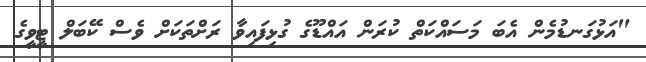
"އަޅުގަނޑުމެން އެބަ މަސައްކަތް ކުރަން އައްޑޫގެ ގުޅިފައިވާ ރަށްތަކަށް ވެސް ކޭބަލް ޓީވީގެ